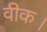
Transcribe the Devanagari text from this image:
वीक।